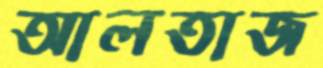
আলতাজ